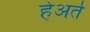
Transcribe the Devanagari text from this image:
हेअर्त